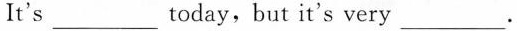
It's ___today, but it's very___.